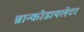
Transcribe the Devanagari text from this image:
ब्रान्कोडायलेटर